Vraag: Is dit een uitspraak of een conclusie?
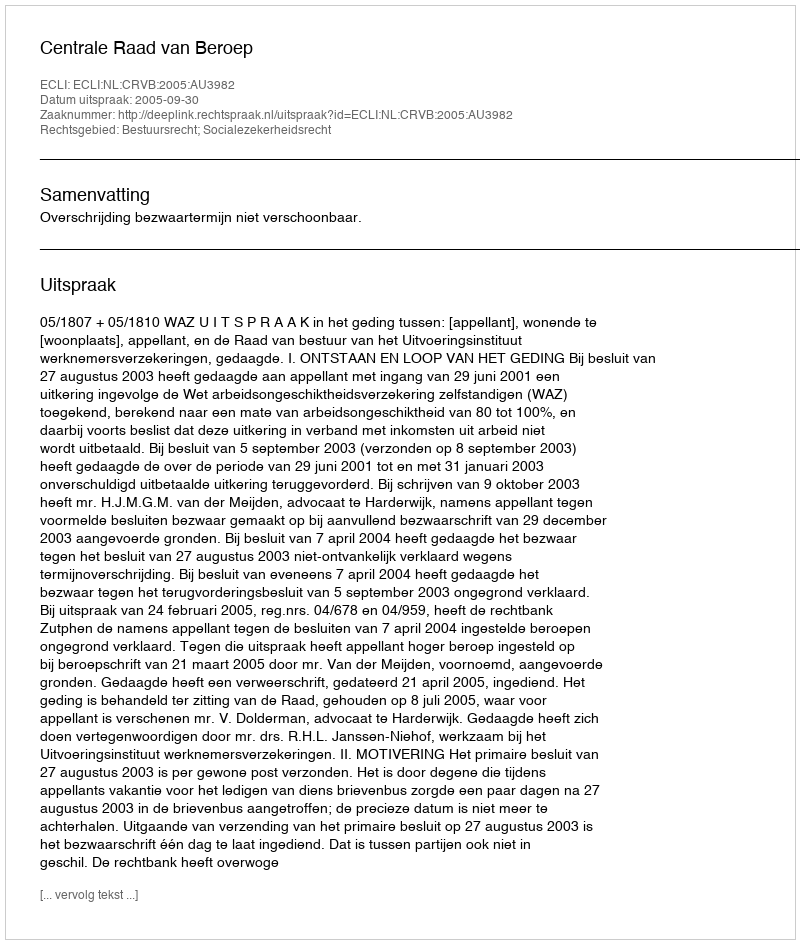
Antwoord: Uitspraak